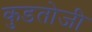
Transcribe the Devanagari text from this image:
कुडतोजी